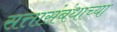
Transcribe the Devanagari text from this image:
सत्तासंबंधाच्या